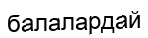
балалардай